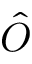
\hat { O }